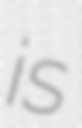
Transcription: is